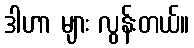
ဒါဟာ များ လွန်းတယ်။